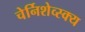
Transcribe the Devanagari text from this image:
चेर्निशेव्स्क्य